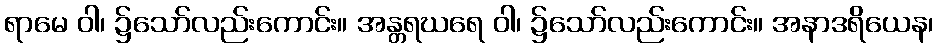
ရာမေ ဝါ၊ ၌သော်လည်းကောင်း။ အန္တရဃရေ ဝါ၊ ၌သော်လည်းကောင်း။ အနာဒရိယေန၊